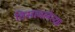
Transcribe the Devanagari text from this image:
विसावलेल्या